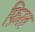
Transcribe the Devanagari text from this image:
फ़िरत